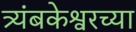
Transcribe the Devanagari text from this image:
त्र्यंबकेश्वरच्या